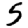
Digit: 5